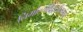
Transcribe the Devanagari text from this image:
निर्माल्यविसर्जनानंतर